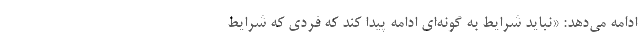
ادامه می‌دهد: «نباید شرایط به‌ گونه‌ای ادامه پیدا کند که فردی که شرایط